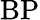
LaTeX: \mathrm{BP}